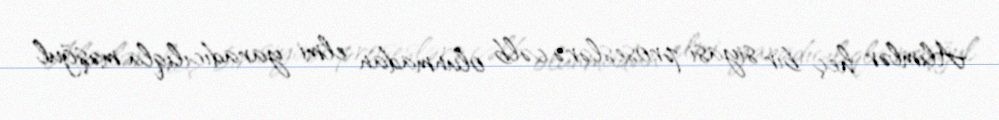
Alimlər heç bir siyasi proseslərə cəlb olunmadan elmi yaradıcılıqla məşğul